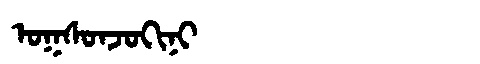
Manchu: ᠣᡴᠰᠣᠨᠵᠣᡴᡳᠨᡳ
Romanization: OKSONJOKINI